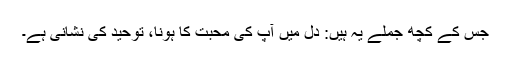
جس کے کچھ جملے یہ ہیں: دل میں آپ کی محبت کا ہونا، توحید کی نشانی ہے۔